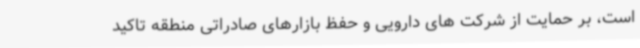
است، بر حمایت از شرکت های دارویی و حفظ بازارهای صادراتی منطقه تاکید